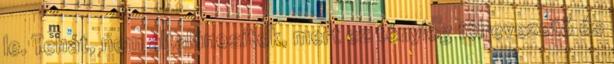
le. Tehát, nem általánosítok, mert ez tényleg félrevezető és